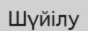
Шүйілу